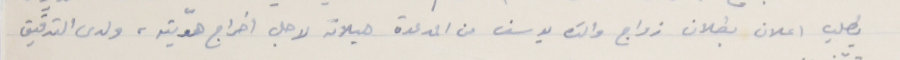
يطلب اعلان بطلان زواج والدَه يوسف من المدعوة هيلانه لاجل اخراج هوّيته، ولدى التدقيق